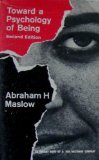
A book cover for Toward a Psychology of Being (An Insight Book); Abraham Harold Maslow; Self-Help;